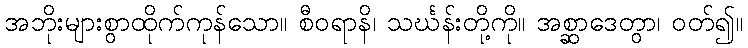
အဘိုးများစွာထိုက်ကုန်သော။ စီဝရာနိ၊ သင်္ဃန်းတို့ကို။ အစ္ဆာဒေတွာ၊ ဝတ်၍။